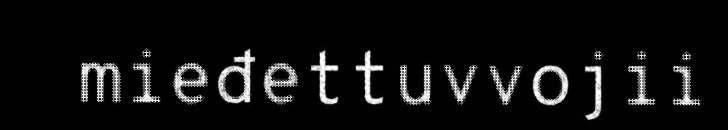
mieđettuvvojii